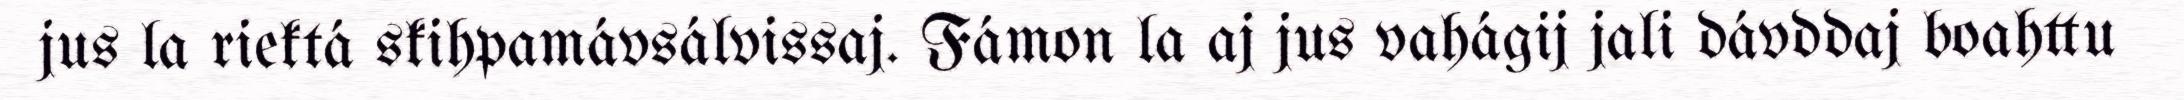
jus la riektá skihpamávsálvissaj. Fámon la aj jus vahágij jali dávddaj boahttu